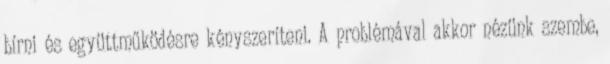
bírni és együttműködésre kényszeríteni. A problémával akkor nézünk szembe,